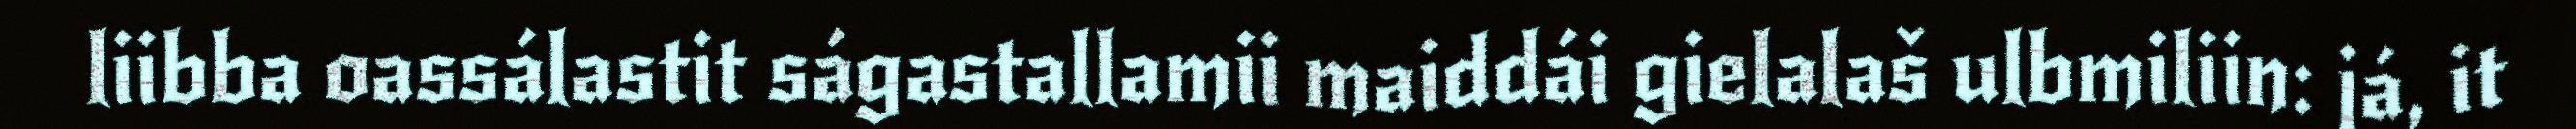
liibba oassálastit ságastallamii maiddái gielalaš ulbmiliin: já, it